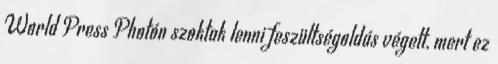
World Press Photón szoktak lenni feszültségoldás végett, mert ez